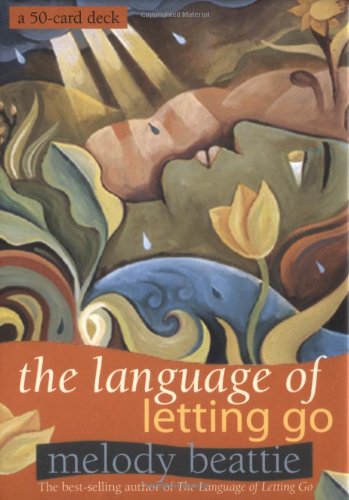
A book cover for The Language Of Letting Go; Melody Beattie; Self-Help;